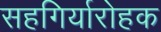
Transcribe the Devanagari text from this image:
सहगिर्यारोहक